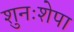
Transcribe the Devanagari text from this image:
शुनःशेपा